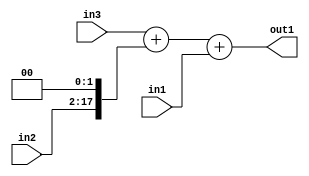
`timescale 1ps / 1ps
/*****************************************************************************
    Verilog RTL Description
    
    
    Created by: Stratus DpOpt 2019.1.01 
*******************************************************************************/

module bn_addr_gen_Add3u16Cati0u16u32_4_0 (
	in3,
	in2,
	in1,
	out1
	); /* architecture "behavioural" */ 
input [31:0] in3;
input [15:0] in2,
	in1;
output [31:0] out1;
wire [31:0] asc001;
wire [17:0] asc002;

assign asc002 = {in2,2'B00};

wire [31:0] asc001_tmp_0;
assign asc001_tmp_0 = 
	+(in3)
	+(asc002);
assign asc001 = asc001_tmp_0
	+(in1);

assign out1 = asc001;
endmodule

/* CADENCE  uLX3Qw0= : u9/ySgnWtBlWxVPRXgAZ4Og= ** DO NOT EDIT THIS LINE ******/